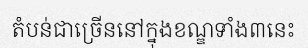
តំបន់ជាច្រើននៅក្នុងខណ្ឌទាំង៣នេះ